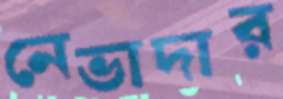
নেভাদার